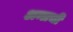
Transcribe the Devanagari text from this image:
अम्लची